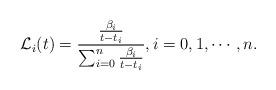
LaTeX: \begin{align*}\mathcal{L}_{i}(t) =\frac{\frac{\beta_{i}}{t-t_{i}}}{\sum_{i=0}^{n}\frac{\beta_{i}}{t-t_{i}}},i=0,1,\cdots, n.\end{align*}